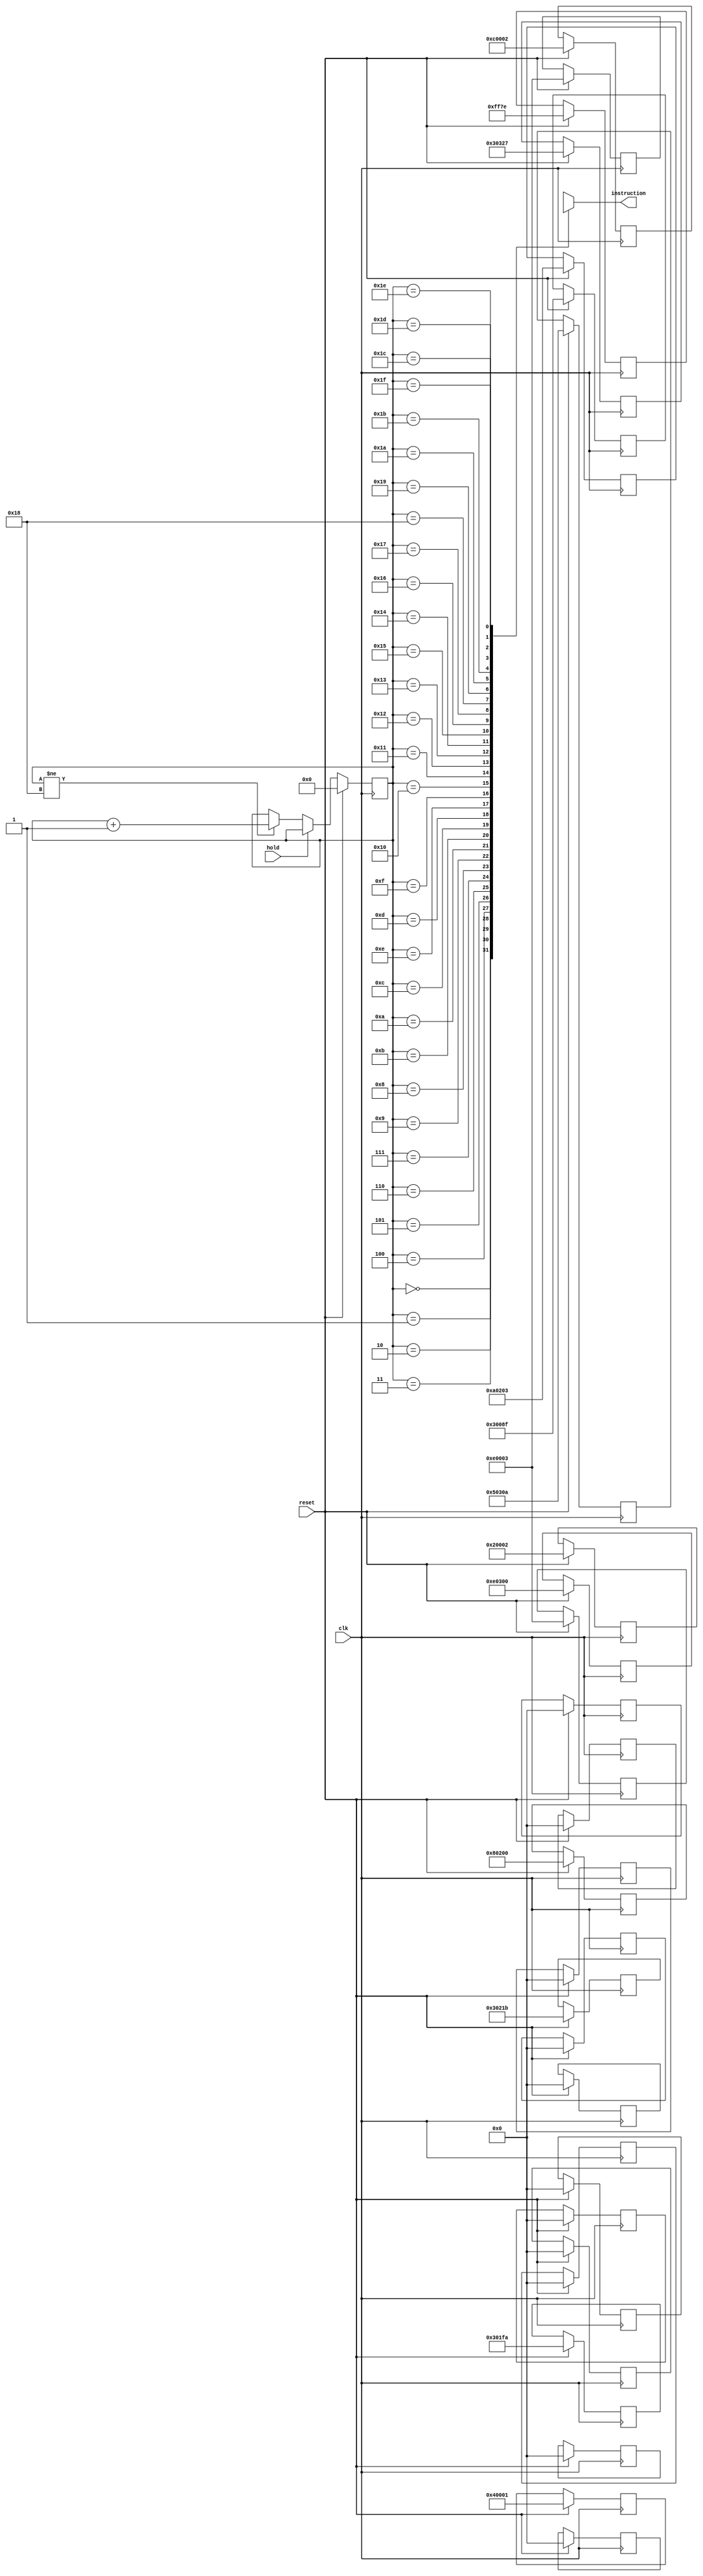
`timescale 1ns / 1ps
//////////////////////////////////////////////////////////////////////////////////
// Company: 
// Engineer: 
// 
// Design Name: 
// Module Name:    pc_instruction 
// Project Name: 
// Target Devices: 
// Tool versions: 
// Description: 
//
// Dependencies: 
//
// Revision: 
// Revision 0.01 - File Created
// Additional Comments: 
//
//////////////////////////////////////////////////////////////////////////////////
module pc_instruction( input clk, input hold, input reset, output [19:0] instruction );

reg [4:0]  pc;
reg [19:0] data [31:0];

assign instruction = data [ pc ];

always @( posedge clk )begin
	if ( reset )begin
		pc <= 0;
		data[0]  <= 20'b00001111111101111110; // null
		data[1]  <= 20'b00110000000010001111; // addi R1, -113
		data[2]  <= 20'b00110000001000011011; // addi R3, 27
		data[3]  <= 20'b00100000000000000010; // add  R1, R3
		data[4]  <= 20'b00000000000000000000; // null
		data[5]  <= 20'b00110000000111111010; // addi R2, -6
		data[6]  <= 20'b00000000000000000000; // null
		data[7]  <= 20'b00110000001100100111; // addi R4, 39
		data[8]  <= 20'b01000000000000000001; // sub  R1, R2
		data[9]  <= 20'b11100000000000000011; // and  R1, R4
		data[10] <= 20'b00000000000000000000; // null
		data[11] <= 20'b11000000000000000010; // or   R1, R3
		data[12] <= 20'b10000000001000000000; // not  R3
		data[13] <= 20'b10100000001000000011; // xor  R3, R4
		data[14] <= 20'b01010000001100001010; // subi R4, 10
		data[15] <= 20'b00000000000000000000; // null
		data[16] <= 20'b00000000000000000000; // null
		data[17] <= 20'b11100000001100000000; // and R4, R1
		data[18] <= 20'b00000000000000000000; // null
		data[19] <= 20'b00000000000000000000; // null
		data[20] <= 20'b00000000000000000000; // null
		data[21] <= 20'b00000000000000000000; // null
		data[22] <= 20'b11100000000000000011; // and R1, R4
		data[23] <= 20'b00000000000000000000; // null
		data[24] <= 20'b00000000000000000000; // null
	end
	else if ( hold )begin
		pc <= pc;
	end
	else if ( pc != 5'd24 )begin
		pc <= pc + 1;
	end
	else begin
		pc <= pc;
	end
end

endmodule